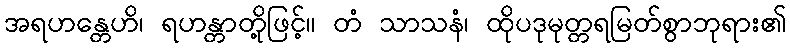
အရဟန္တေဟိ၊ ရဟန္တာတို့ဖြင့်။ တံ သာသနံ၊ ထိုပဒုမုတ္တရမြတ်စွာဘုရား၏